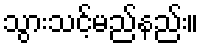
သွားသင့်မည်နည်း။